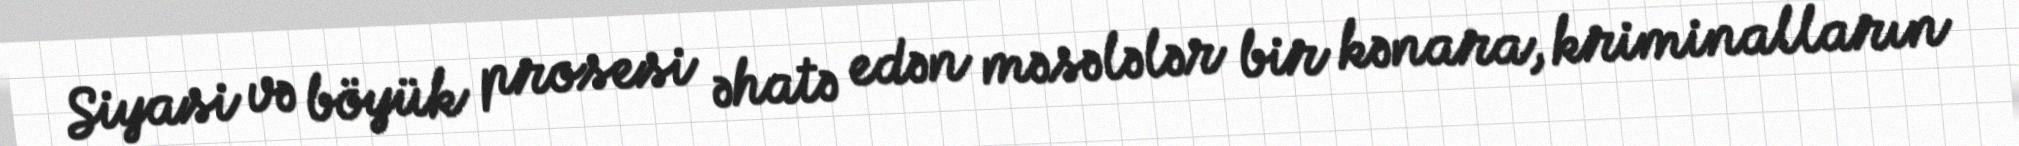
Siyasi və böyük prosesi əhatə edən məsələlər bir kənara, kriminalların